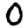
Digit: 0